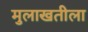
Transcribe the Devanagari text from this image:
मुलाखतीला